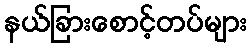
နယ်ခြားစောင့်တပ်များ